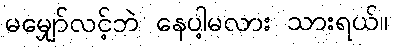
မမျှော်လင့်ဘဲ နေပါ့မလား သားရယ်။